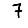
Digit: 7